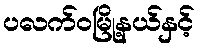
ပလက်ဝမြို့နယ်နှင့်